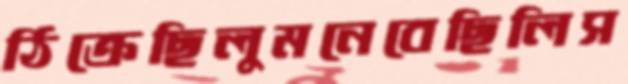
ঠিক্‌রেছিলুমনেবেছিলিস